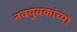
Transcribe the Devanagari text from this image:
नवयुवकांच्या